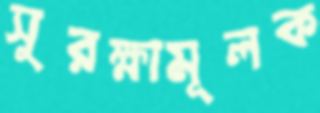
সুরক্ষামূলক